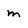
Character: m